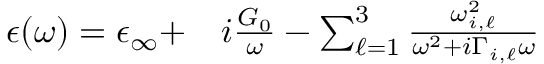
\begin{array} { r } { \begin{array} { r l } { \epsilon ( \omega ) = \epsilon _ { \infty } + } & { { } i \frac { G _ { 0 } } { \omega } - \sum _ { \ell = 1 } ^ { 3 } \frac { \omega _ { i , \ell } ^ { 2 } } { \omega ^ { 2 } + i \Gamma _ { i , \ell } \omega } } \end{array} } \end{array}